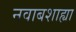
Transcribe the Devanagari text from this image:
नवाबशाह्या